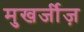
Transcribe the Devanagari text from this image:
मुखर्जीज़